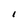
Character: I